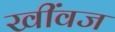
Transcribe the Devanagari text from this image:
खींवज